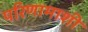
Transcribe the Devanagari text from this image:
परिणामाशी